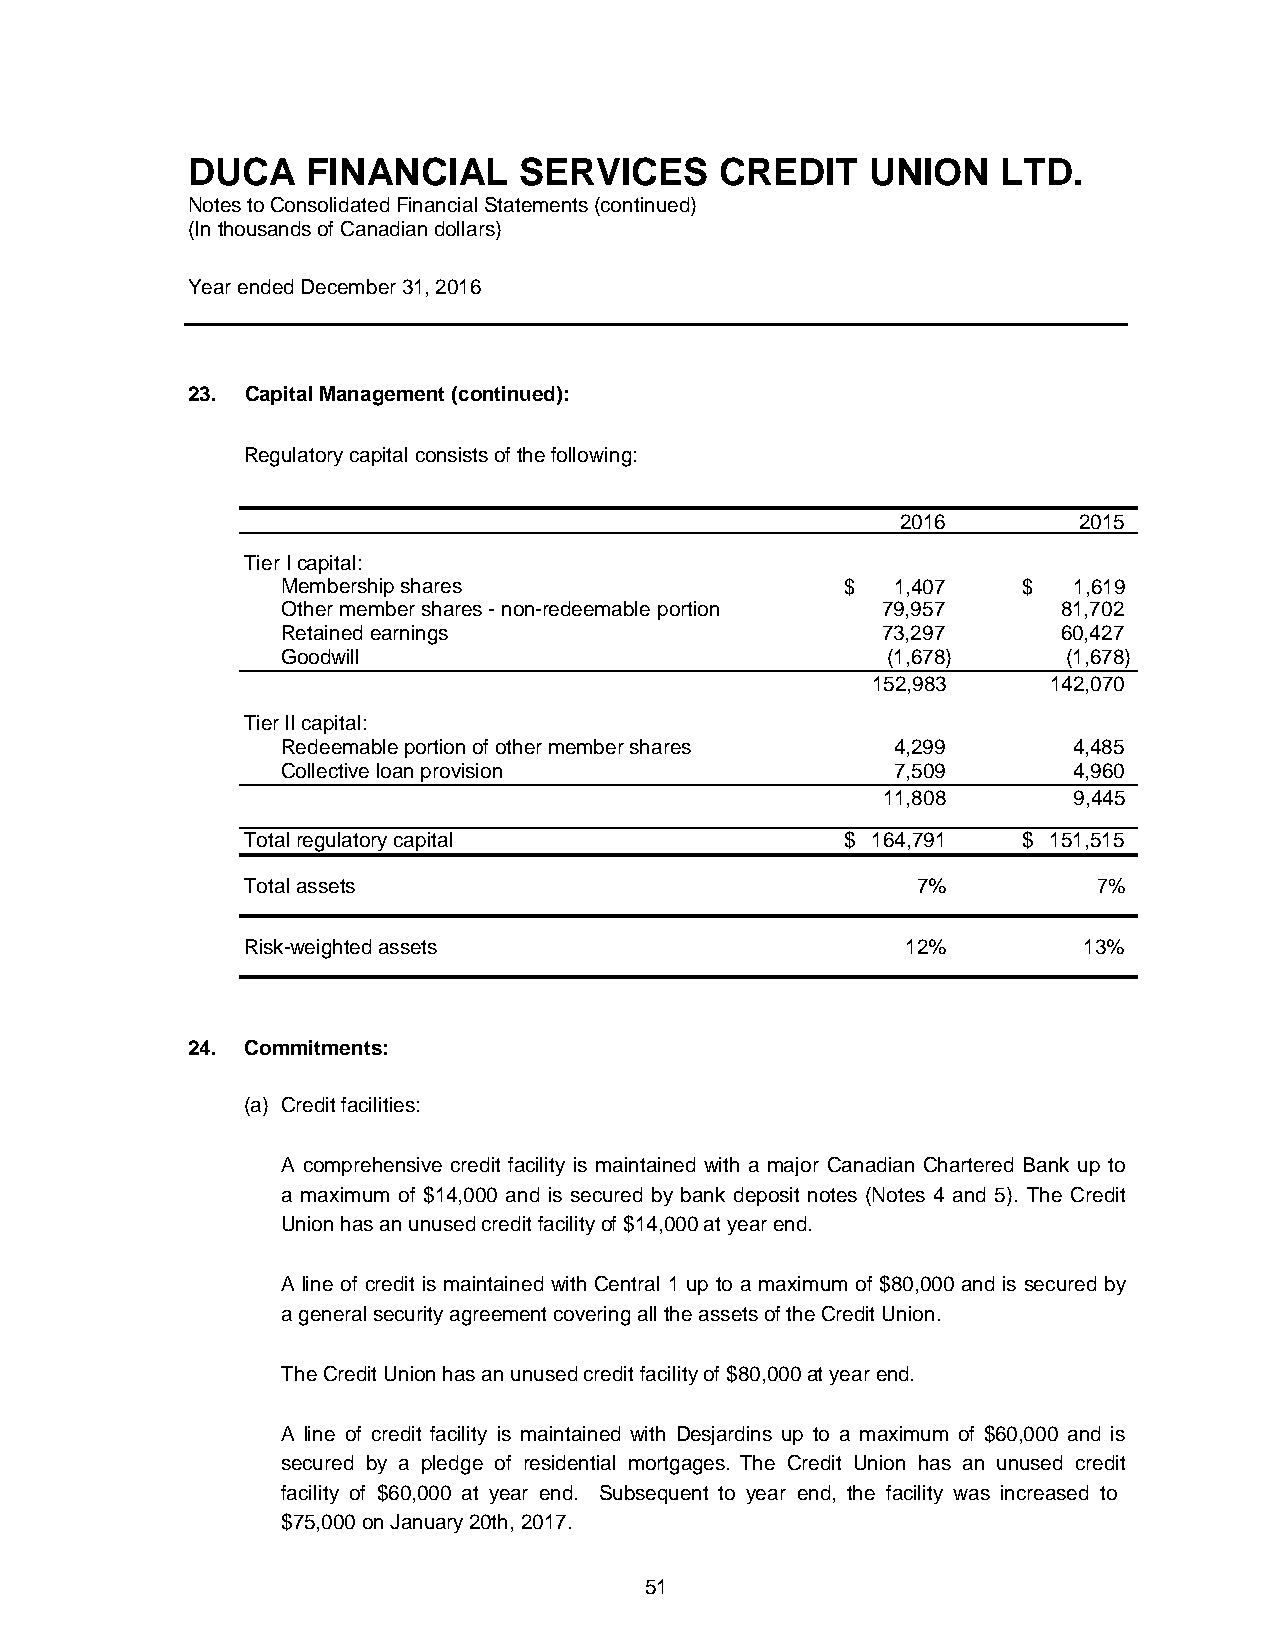
DUCA    FINANCIAL     SERVICES      CREDIT    UNION   LTD.
 Notes to Consolidated Financial Statements (continued)
 (In thousands of Canadian dollars)
 Year ended December 31, 2016
 23. Capital Management (continued):
 Regulatory capital consists of the following:
 2016       2015
 Tier I capital:
 Membership shares                    $  1,407    $  1,619
 Other member shares - non-redeemable portion 79,957 81,702
 Retained earnings                      73,297      60,427
 Goodwill                                (1,678)     (1,678)
 152,983     142,070
 Tier II capital:
 Redeemable portion of other member shares 4,299     4,485
 Collective loan provision               7,509       4,960
 11,808       9,445
 Total regulatory capital                $ 164,791   $ 151,515
 Total assets                                 7%          7%
 Risk-weighted assets                        12%         13%
 24. Commitments:
 (a) Credit facilities:
 A comprehensive credit facility is maintained with a major Canadian Chartered Bank up to
 a maximum of $14,000 and is secured by bank deposit notes (Notes 4 and 5). The Credit
 Union has an unused credit facility of $14,000 at year end.
 A line of credit is maintained with Central 1 up to a maximum of $80,000 and is secured by
 a general security agreement covering all the assets of the Credit Union.
 The Credit Union has an unused credit facility of $80,000 at year end.
 A line of credit facility is maintained with Desjardins up to a maximum of $60,000 and is
 secured by a pledge of residential mortgages. The Credit Union has an unused credit
 facility of $60,000 at year end. Subsequent to year end, the facility was increased to
 $75,000 on January 20th, 2017.
 51